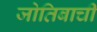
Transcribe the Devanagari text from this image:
जोतिबाची